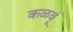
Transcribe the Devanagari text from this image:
कळवूं